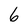
Character: 6